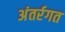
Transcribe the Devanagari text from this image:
अंतर्रगत